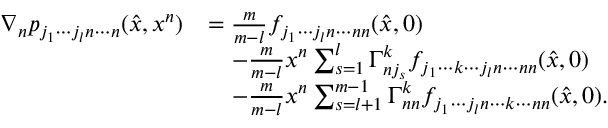
\begin{array} { r l } { \nabla _ { n } p _ { j _ { 1 } \cdots j _ { l } n \cdots n } ( \hat { x } , x ^ { n } ) } & { = \frac { m } { m - l } f _ { j _ { 1 } \cdots j _ { l } n \cdots n n } ( \hat { x } , 0 ) } \\ & { \quad - \frac { m } { m - l } x ^ { n } \sum _ { s = 1 } ^ { l } \Gamma _ { n j _ { s } } ^ { k } f _ { j _ { 1 } \cdots k \cdots j _ { l } n \cdots n n } ( \hat { x } , 0 ) } \\ & { \quad - \frac { m } { m - l } x ^ { n } \sum _ { s = l + 1 } ^ { m - 1 } \Gamma _ { n n } ^ { k } f _ { j _ { 1 } \cdots j _ { l } n \cdots k \cdots n n } ( \hat { x } , 0 ) . } \end{array}